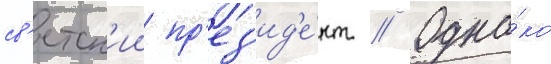
св'етск'ии пр'ез'ид'е́нт // Одна́ко